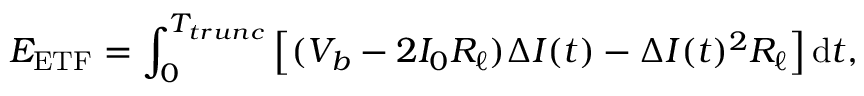
E _ { \mathrm { E T F } } = \int _ { 0 } ^ { T _ { t r u n c } } \left[ ( V _ { b } - 2 I _ { 0 } R _ { \ell } ) \Delta I ( t ) - \Delta I ( t ) ^ { 2 } R _ { \ell } \right] \mathrm { d } t ,